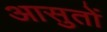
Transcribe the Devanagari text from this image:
आसुतों